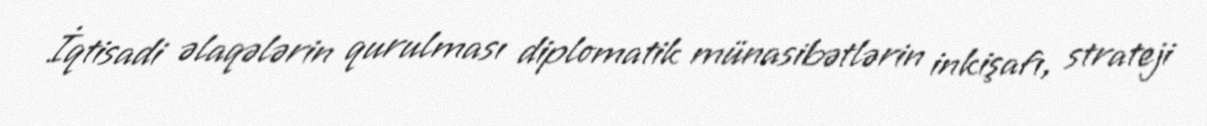
İqtisadi əlaqələrin qurulması diplomatik münasibətlərin inkişafı, strateji